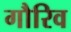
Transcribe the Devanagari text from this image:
गौरिव